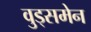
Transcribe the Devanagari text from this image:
वुड्समेन